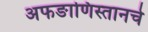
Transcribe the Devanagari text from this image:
अफङाणिस्तानचे